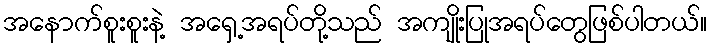
အနောက်စူးစူးနဲ့ အရှေ့အရပ်တို့သည် အကျိုးပြုအရပ်တွေဖြစ်ပါတယ်။